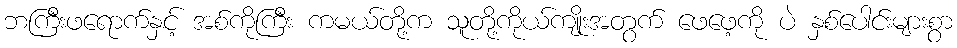
ဘကြီးဖရောက်နှင့် အစ်ကိုကြီး ကမယ်တို့က သူတို့ကိုယ်ကျိုးအတွက် ဖေဖေ့ကို ပဲ နှစ်ပေါင်းများစွာ